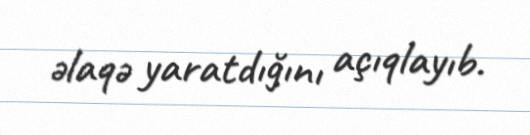
əlaqə yaratdığını açıqlayıb.